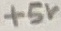
Text: +5V